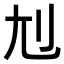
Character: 𡯇